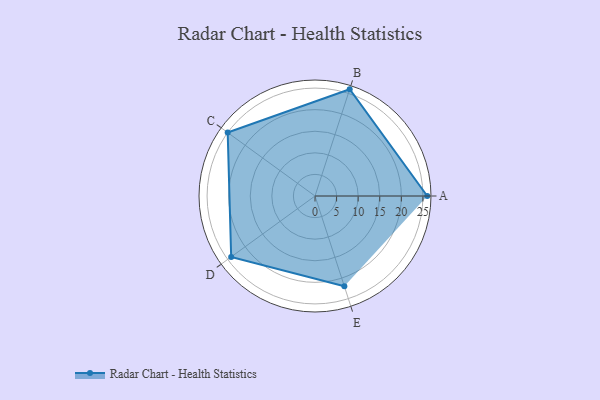
{"axis": {"x": "Skill", "y": "Score"}, "legend": ["Profile"], "data": [{"x": "A", "y": 26.0, "type": "Profile"}, {"x": "B", "y": 26.0, "type": "Profile"}, {"x": "C", "y": 25.0, "type": "Profile"}, {"x": "D", "y": 24.0, "type": "Profile"}, {"x": "E", "y": 22.0, "type": "Profile"}]}